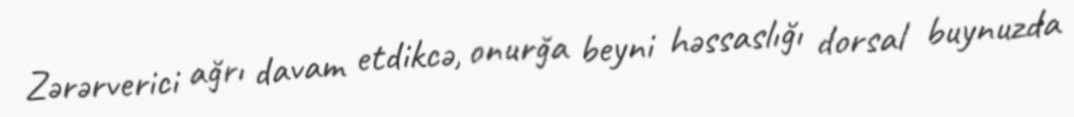
Zərərverici ağrı davam etdikcə, onurğa beyni həssaslığı dorsal buynuzda